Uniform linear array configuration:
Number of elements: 24
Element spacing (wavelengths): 1
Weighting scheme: uniform
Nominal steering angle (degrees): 0
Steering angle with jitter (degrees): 1.957
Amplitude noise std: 0.05
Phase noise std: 0.05

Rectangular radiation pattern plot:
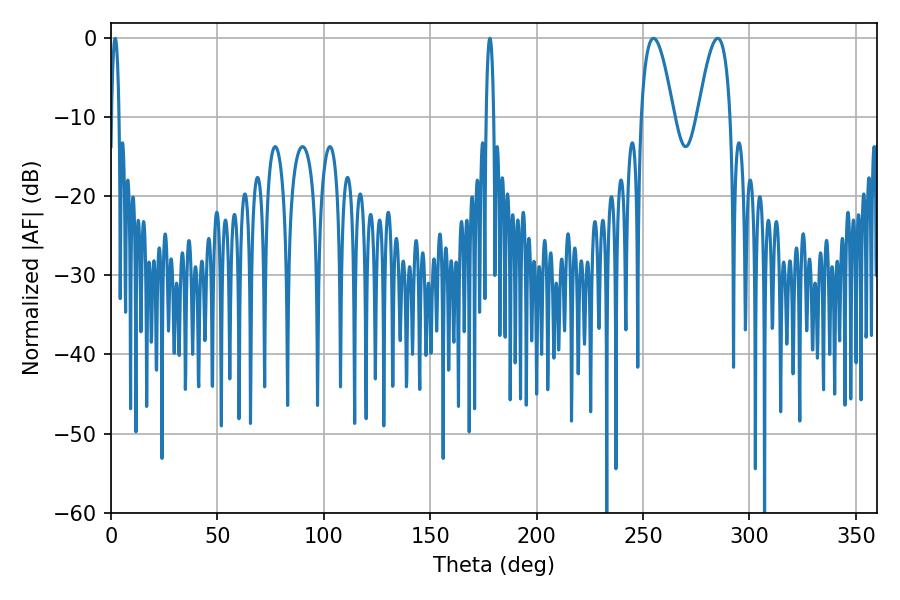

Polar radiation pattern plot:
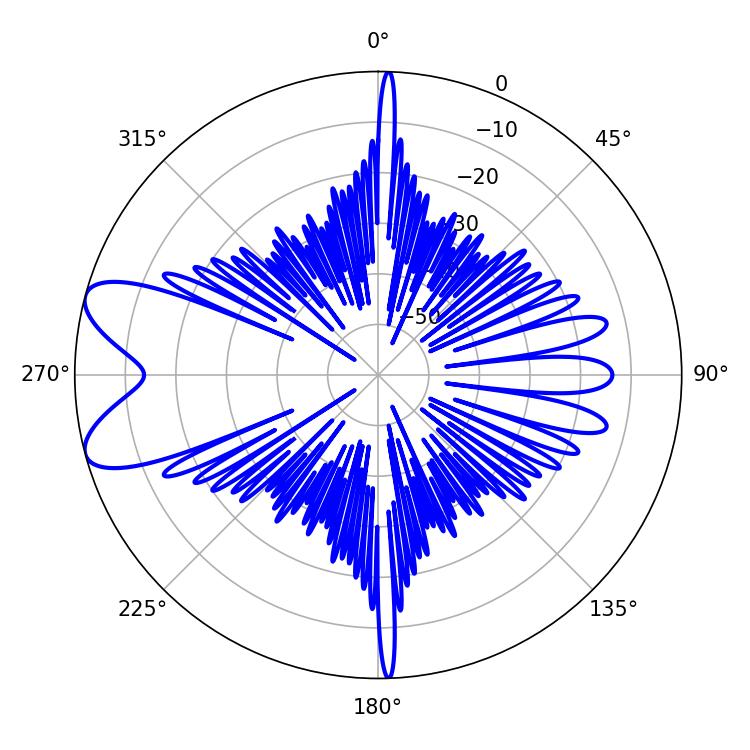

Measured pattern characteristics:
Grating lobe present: TRUE
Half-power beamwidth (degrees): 1.8
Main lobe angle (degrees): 178.02